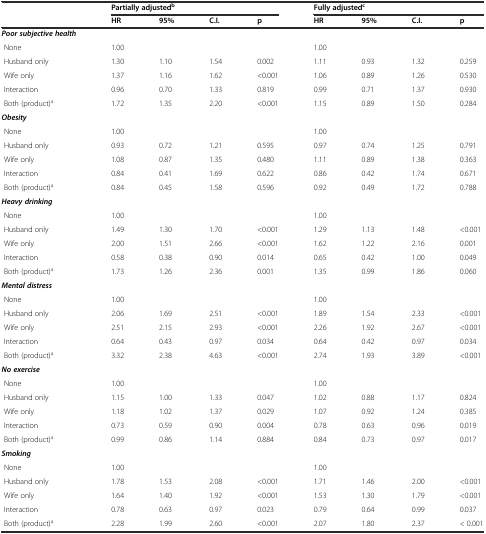
<table><thead><tr><td></td><td colspan="4"><b>Partially adjusted<sup>b</sup></b></td><td colspan="4"><b>Fully adjusted<sup>c</sup></b></td></tr><tr><td></td><td><b>HR</b></td><td><b>95%</b></td><td><b>C.I.</b></td><td><b>p</b></td><td><b>HR</b></td><td><b>95%</b></td><td><b>C.I.</b></td><td><b>p</b></td></tr></thead><tbody><tr><td><b><i>Poor subjective health</i></b></td><td></td><td></td><td></td><td></td><td></td><td></td><td></td><td></td></tr><tr><td> None</td><td>1.00</td><td></td><td></td><td></td><td>1.00</td><td></td><td></td><td></td></tr><tr><td> Husband only</td><td>1.30</td><td>1.10</td><td>1.54</td><td>0.002</td><td>1.11</td><td>0.93</td><td>1.32</td><td>0.259</td></tr><tr><td> Wife only</td><td>1.37</td><td>1.16</td><td>1.62</td><td>&lt;0.001</td><td>1.06</td><td>0.89</td><td>1.26</td><td>0.530</td></tr><tr><td> Interaction</td><td>0.96</td><td>0.70</td><td>1.33</td><td>0.819</td><td>0.99</td><td>0.71</td><td>1.37</td><td>0.930</td></tr><tr><td> Both (product)<sup>a</sup></td><td>1.72</td><td>1.35</td><td>2.20</td><td>&lt;0.001</td><td>1.15</td><td>0.89</td><td>1.50</td><td>0.284</td></tr><tr><td><b><i>Obesity</i></b></td><td></td><td></td><td></td><td></td><td></td><td></td><td></td><td></td></tr><tr><td> None</td><td>1.00</td><td></td><td></td><td></td><td>1.00</td><td></td><td></td><td></td></tr><tr><td> Husband only</td><td>0.93</td><td>0.72</td><td>1.21</td><td>0.595</td><td>0.97</td><td>0.74</td><td>1.25</td><td>0.791</td></tr><tr><td> Wife only</td><td>1.08</td><td>0.87</td><td>1.35</td><td>0.480</td><td>1.11</td><td>0.89</td><td>1.38</td><td>0.363</td></tr><tr><td> Interaction</td><td>0.84</td><td>0.41</td><td>1.69</td><td>0.622</td><td>0.86</td><td>0.42</td><td>1.74</td><td>0.671</td></tr><tr><td> Both (product)<sup>a</sup></td><td>0.84</td><td>0.45</td><td>1.58</td><td>0.596</td><td>0.92</td><td>0.49</td><td>1.72</td><td>0.788</td></tr><tr><td><b><i>Heavy drinking</i></b></td><td></td><td></td><td></td><td></td><td></td><td></td><td></td><td></td></tr><tr><td> None</td><td>1.00</td><td></td><td></td><td></td><td>1.00</td><td></td><td></td><td></td></tr><tr><td> Husband only</td><td>1.49</td><td>1.30</td><td>1.70</td><td>&lt;0.001</td><td>1.29</td><td>1.13</td><td>1.48</td><td>&lt;0.001</td></tr><tr><td> Wife only</td><td>2.00</td><td>1.51</td><td>2.66</td><td>&lt;0.001</td><td>1.62</td><td>1.22</td><td>2.16</td><td>0.001</td></tr><tr><td> Interaction</td><td>0.58</td><td>0.38</td><td>0.90</td><td>0.014</td><td>0.65</td><td>0.42</td><td>1.00</td><td>0.049</td></tr><tr><td> Both (product)<sup>a</sup></td><td>1.73</td><td>1.26</td><td>2.36</td><td>0.001</td><td>1.35</td><td>0.99</td><td>1.86</td><td>0.060</td></tr><tr><td><b><i>Mental distress</i></b></td><td></td><td></td><td></td><td></td><td></td><td></td><td></td><td></td></tr><tr><td> None</td><td>1.00</td><td></td><td></td><td></td><td>1.00</td><td></td><td></td><td></td></tr><tr><td> Husband only</td><td>2.06</td><td>1.69</td><td>2.51</td><td>&lt;0.001</td><td>1.89</td><td>1.54</td><td>2.33</td><td>&lt;0.001</td></tr><tr><td> Wife only</td><td>2.51</td><td>2.15</td><td>2.93</td><td>&lt;0.001</td><td>2.26</td><td>1.92</td><td>2.67</td><td>&lt;0.001</td></tr><tr><td> Interaction</td><td>0.64</td><td>0.43</td><td>0.97</td><td>0.034</td><td>0.64</td><td>0.42</td><td>0.97</td><td>0.034</td></tr><tr><td> Both (product)<sup>a</sup></td><td>3.32</td><td>2.38</td><td>4.63</td><td>&lt;0.001</td><td>2.74</td><td>1.93</td><td>3.89</td><td>&lt;0.001</td></tr><tr><td><b><i>No exercise</i></b></td><td></td><td></td><td></td><td></td><td></td><td></td><td></td><td></td></tr><tr><td> None</td><td>1.00</td><td></td><td></td><td></td><td>1.00</td><td></td><td></td><td></td></tr><tr><td> Husband only</td><td>1.15</td><td>1.00</td><td>1.33</td><td>0.047</td><td>1.02</td><td>0.88</td><td>1.17</td><td>0.824</td></tr><tr><td> Wife only</td><td>1.18</td><td>1.02</td><td>1.37</td><td>0.029</td><td>1.07</td><td>0.92</td><td>1.24</td><td>0.385</td></tr><tr><td> Interaction</td><td>0.73</td><td>0.59</td><td>0.90</td><td>0.004</td><td>0.78</td><td>0.63</td><td>0.96</td><td>0.019</td></tr><tr><td> Both (product)<sup>a</sup></td><td>0.99</td><td>0.86</td><td>1.14</td><td>0.884</td><td>0.84</td><td>0.73</td><td>0.97</td><td>0.017</td></tr><tr><td><b><i>Smoking</i></b></td><td></td><td></td><td></td><td></td><td></td><td></td><td></td><td></td></tr><tr><td> None</td><td>1.00</td><td></td><td></td><td></td><td>1.00</td><td></td><td></td><td></td></tr><tr><td> Husband only</td><td>1.78</td><td>1.53</td><td>2.08</td><td>&lt;0.001</td><td>1.71</td><td>1.46</td><td>2.00</td><td>&lt;0.001</td></tr><tr><td> Wife only</td><td>1.64</td><td>1.40</td><td>1.92</td><td>&lt;0.001</td><td>1.53</td><td>1.30</td><td>1.79</td><td>&lt;0.001</td></tr><tr><td> Interaction</td><td>0.78</td><td>0.63</td><td>0.97</td><td>0.023</td><td>0.79</td><td>0.64</td><td>0.99</td><td>0.037</td></tr><tr><td> Both (product)<sup>a</sup></td><td>2.28</td><td>1.99</td><td>2.60</td><td>&lt;0.001</td><td>2.07</td><td>1.80</td><td>2.37</td><td>&lt; 0.001</td></tr></tbody></table>